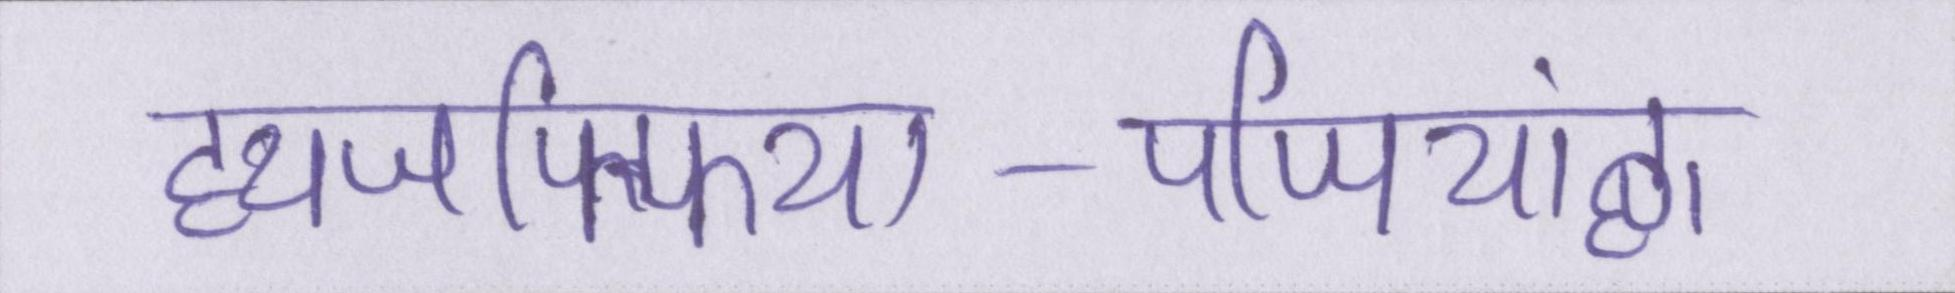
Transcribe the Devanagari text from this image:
ह्यजफ्फिया-पप्पियांह्ण